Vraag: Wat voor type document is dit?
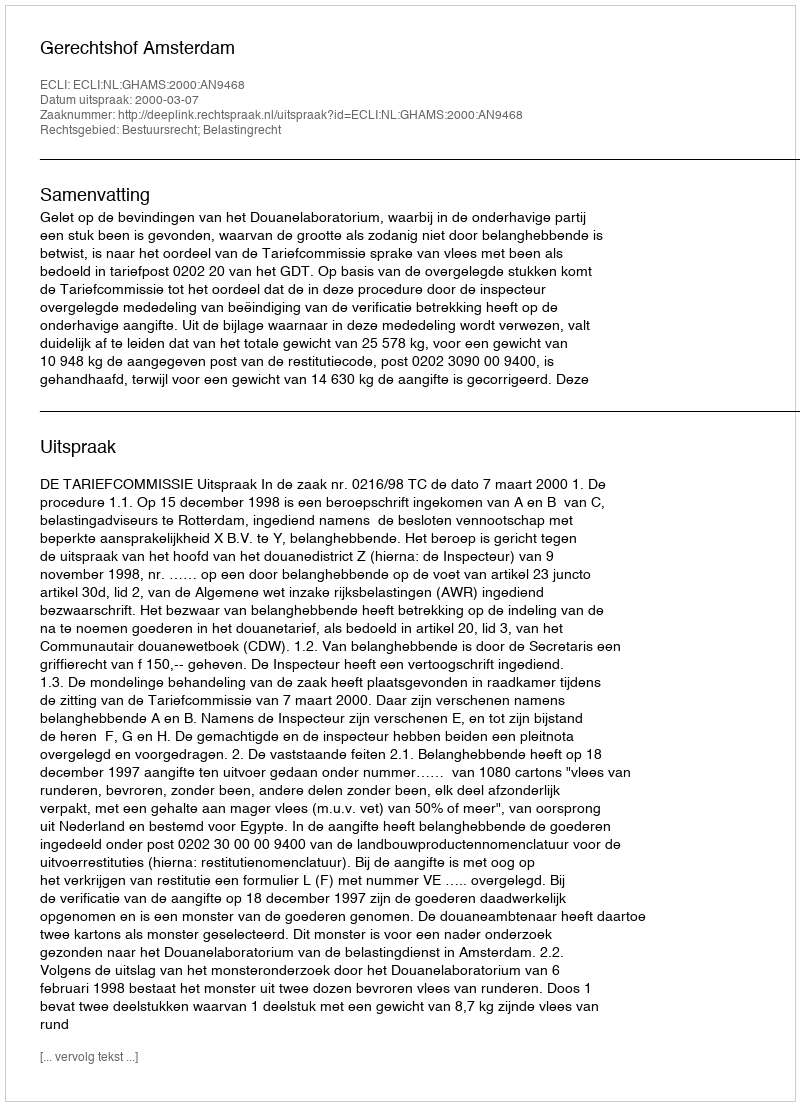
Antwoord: Uitspraak